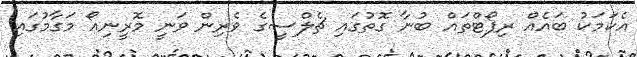
އެކަމަކު ބައެއް ރިޕޯޓްތައް ބުނާ ގޮތުގައި ޗެލްސީގެ ވެރިން ވަނީ މޮރީނިއޯ މަގާމުގައި